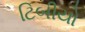
ટિબીયો